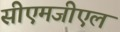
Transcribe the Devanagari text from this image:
सीएमजीएल